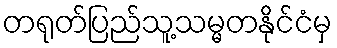
တရုတ်ပြည်သူ့သမ္မတနိုင်ငံမှ